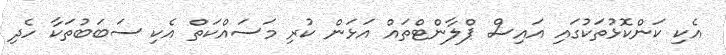
އެކި ކަންކޮޅުތަކުގައި އައިސް ޕްލާންޓްތައް އަޅަން ކުރި މަސައްކަތް އެކި ސަބަބުތަކާ ހެދި